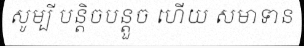
សូម្បី បន្តិចបន្តួច ហើយ សមាទាន